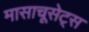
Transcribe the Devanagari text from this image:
मासाचूसेट्स